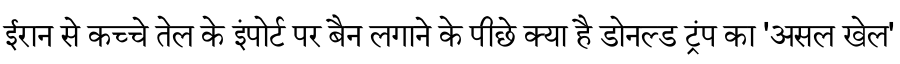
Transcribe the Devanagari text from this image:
ईरान से कच्चे तेल के इंपोर्ट पर बैन लगाने के पीछे क्या है डोनल्ड ट्रंप का 'असल खेल'